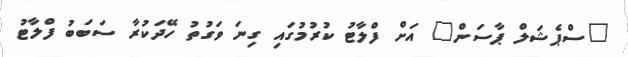
"ސްޕެޝަލް ޕާސަން" އަށް ފްލާޓު ކުރުމުގައި ގިނަ ވަގުތު ހޭދަކުރާ ސަބަބު ފްލާޓު